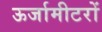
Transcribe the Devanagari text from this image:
ऊर्जामीटरों